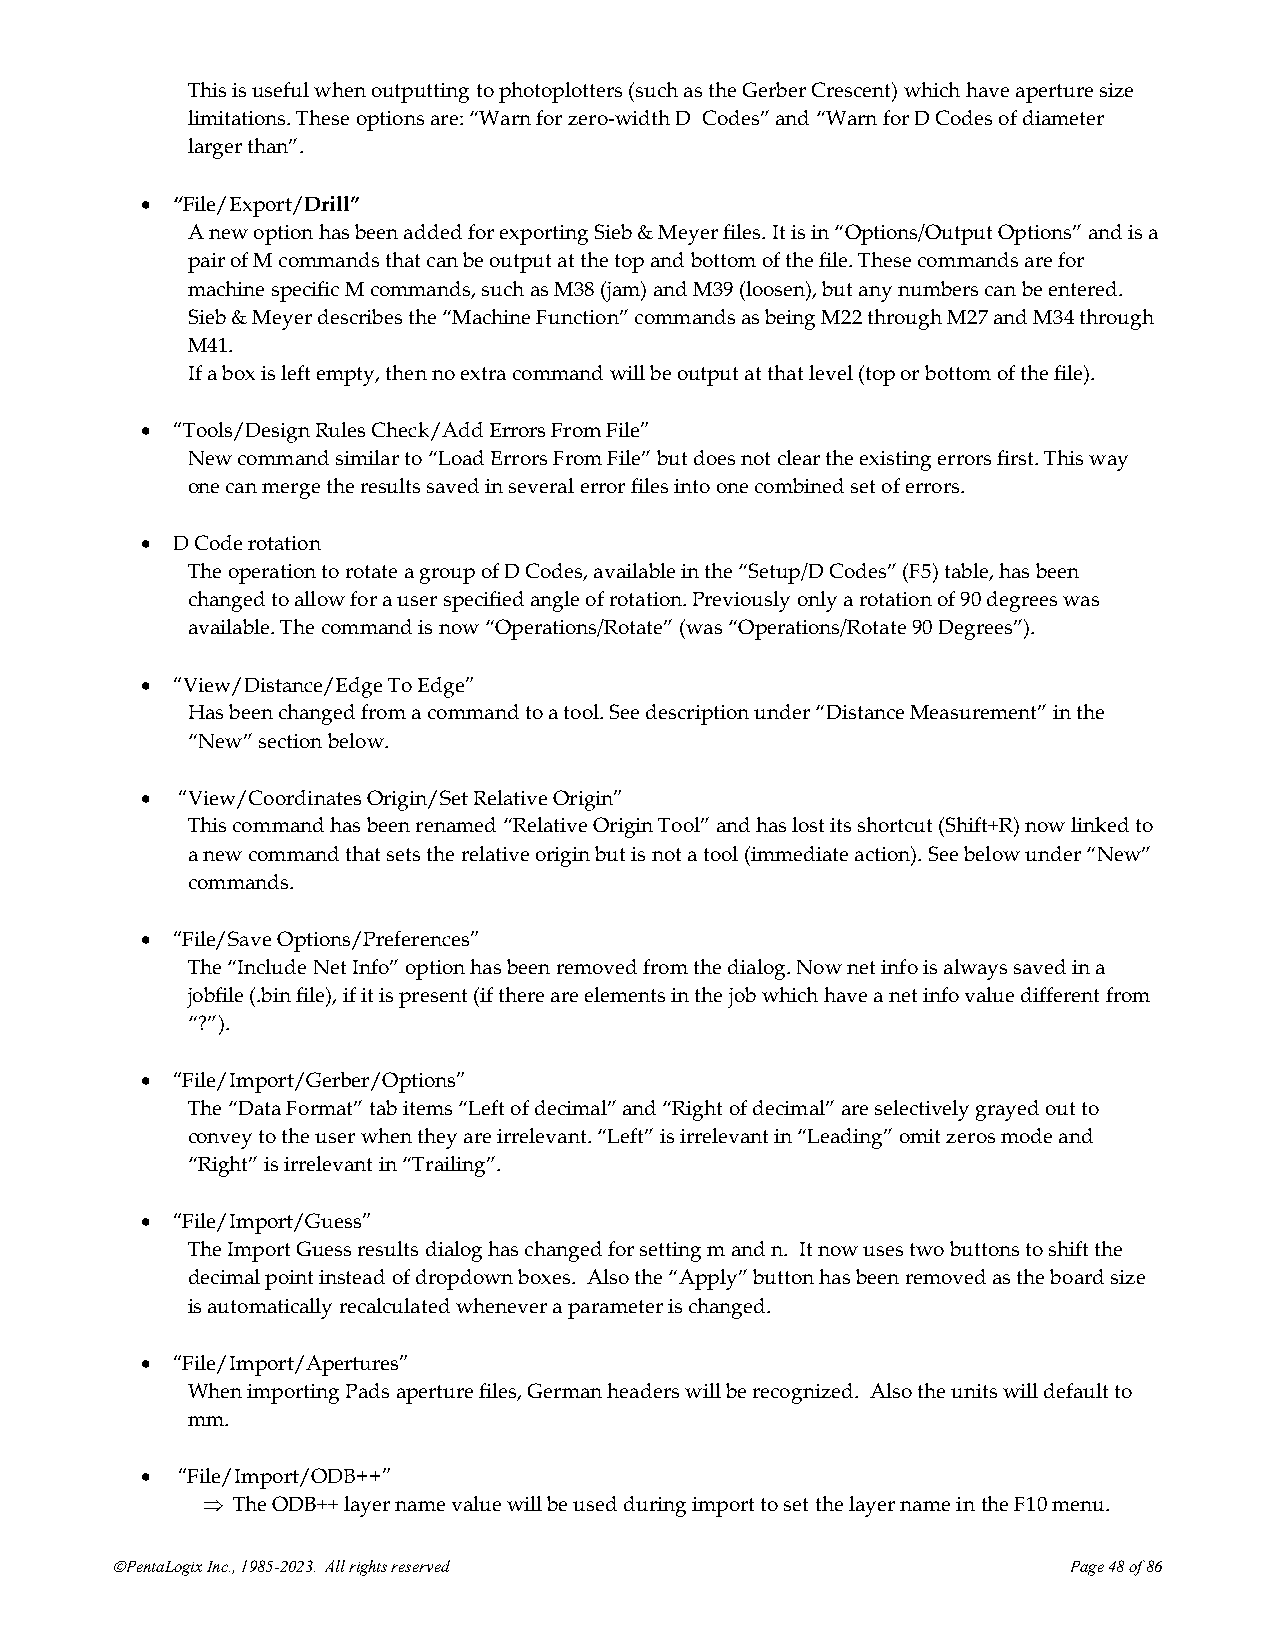
This is useful when outputting to photoplotters (such as the Gerber Crescent) which have aperture size
 limitations. These options are: “Warn for zero-width D Codes” and “Warn for D Codes of diameter
 larger than”.
 • “File/Export/Drill”
 A new option has been added for exporting Sieb & Meyer files. It is in “Options/Output Options” and is a
 pair of M commands that can be output at the top and bottom of the file. These commands are for
 machine specific M commands, such as M38 (jam) and M39 (loosen), but any numbers can be entered.
 Sieb & Meyer describes the “Machine Function” commands as being M22 through M27 and M34 through
 M41.
 If a box is left empty, then no extra command will be output at that level (top or bottom of the file).
 • “Tools/Design Rules Check/Add Errors From File”
 New command similar to “Load Errors From File” but does not clear the existing errors first. This way
 one can merge the results saved in several error files into one combined set of errors.
 • D Code rotation
 The operation to rotate a group of D Codes, available in the “Setup/D Codes” (F5) table, has been
 changed to allow for a user specified angle of rotation. Previously only a rotation of 90 degrees was
 available. The command is now “Operations/Rotate” (was “Operations/Rotate 90 Degrees”).
 • “View/Distance/Edge To Edge”
 Has been changed from a command to a tool. See description under “Distance Measurement” in the
 “New” section below.
 •  “View/Coordinates Origin/Set Relative Origin”
 This command has been renamed “Relative Origin Tool” and has lost its shortcut (Shift+R) now linked to
 a new command that sets the relative origin but is not a tool (immediate action). See below under “New”
 commands.
 • “File/Save Options/Preferences”
 The “Include Net Info” option has been removed from the dialog. Now net info is always saved in a
 jobfile (.bin file), if it is present (if there are elements in the job which have a net info value different from
 “?”).
 • “File/Import/Gerber/Options”
 The “Data Format” tab items “Left of decimal” and “Right of decimal” are selectively grayed out to
 convey to the user when they are irrelevant. “Left” is irrelevant in “Leading” omit zeros mode and
 “Right” is irrelevant in “Trailing”.
 • “File/Import/Guess”
 The Import Guess results dialog has changed for setting m and n. It now uses two buttons to shift the
 decimal point instead of dropdown boxes. Also the “Apply” button has been removed as the board size
 is automatically recalculated whenever a parameter is changed.
 • “File/Import/Apertures”
 When importing Pads aperture files, German headers will be recognized. Also the units will default to
 mm.
 •  “File/Import/ODB++”
  The ODB++ layer name value will be used during import to set the layer name in the F10 menu.
 ©PentaLogix Inc., 1985-2023. All rights reserved                Page 48 of 86